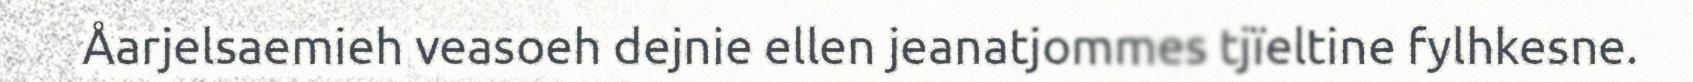
Åarjelsaemieh veasoeh dejnie ellen jeanatjommes tjïeltine fylhkesne.